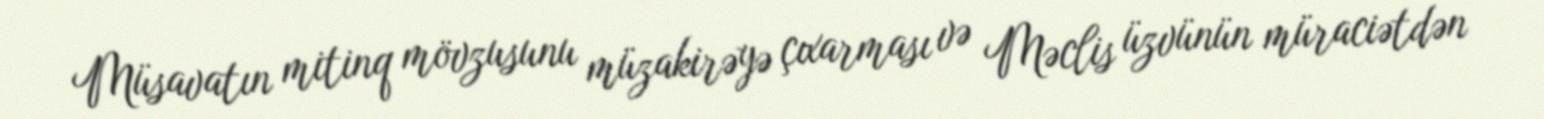
Müsavatın mitinq mövzusunu müzakirəyə çıxarması və Məclis üzvünün müraciətdən